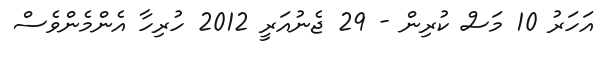
އަހަރު 10 މަސް ކުރިން - 29 ޖެނުއަރީ 2012 ހުރިހާ އެންމެންވެސް